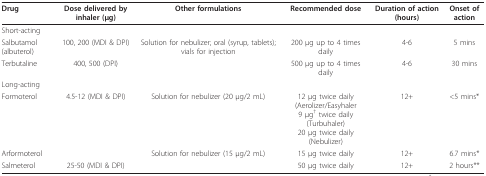
| Drug | Dose delivered by inhaler (μg) | Other formulations | Recommended dose | Duration of action (hours) | Onset of action |
 | --- | --- | --- | --- | --- | --- |
 | <COLSPAN=6> Short-acting |
 | Salbutamol (albuterol) | 100, 200 (MDI & DPI) | Solution for nebulizer; oral (syrup, tablets); vials for injection | 200 μg up to 4 times daily | 4-6 | 5 mins |
 | Terbutaline | 400, 500 (DPI) |  | 500 μg up to 4 times daily | 4-6 | 30 mins |
 | <COLSPAN=6> Long-acting |
 | Formoterol | 4.5-12 (MDI & DPI) | Solution for nebulizer (20 μg/2 mL) | 12 μg twice daily (Aerolizer/Easyhaler9 μg† twice daily (Turbuhaler)20 μg twice daily (Nebulizer) | 12+ | <5 mins* |
 | Arformoterol |  | Solution for nebulizer (15 μg/2 mL) | 15 μg twice daily | 12+ | 6.7 mins* |
 | Salmeterol | 25-50 (MDI & DPI) |  | 50 μg twice daily | 12+ | 2 hours** |